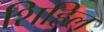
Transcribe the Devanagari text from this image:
शिहिल